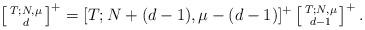
LaTeX: \begin{align*} \left[ \begin{smallmatrix} T; N, \mu \\ d \end{smallmatrix} \right]^+ &= [T; N+(d-1), \mu - (d-1)]^+ \left[ \begin{smallmatrix} T; N, \mu \\ d -1 \end{smallmatrix} \right]^+. \end{align*}